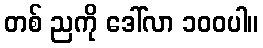
တစ် ညကို ဒေါ်လာ ၁၀၀ပါ။